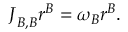
\begin{array} { r } { \boldsymbol { J } _ { B , B } \boldsymbol { r } ^ { B } = \omega _ { B } \boldsymbol { r } ^ { B } . } \end{array}